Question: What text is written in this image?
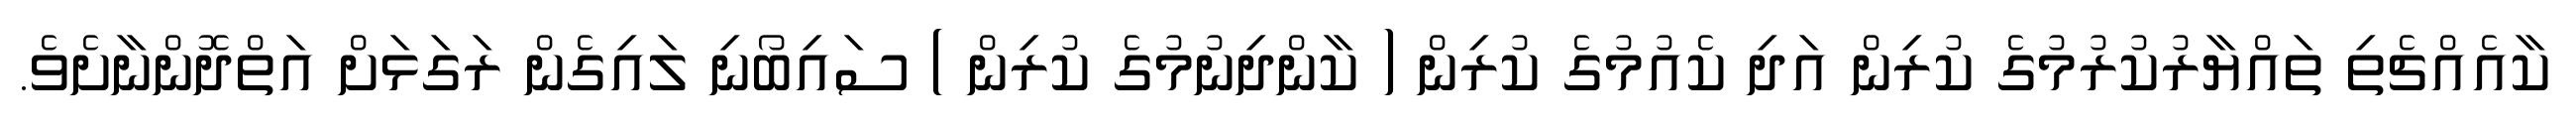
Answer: ކާއެއްޗެތި ތައްޔާރުކުރުމުގެ ކުރިން އަދި ކެއުމުގެ ކުރިން ( ކާންދިނުމުގެ ކުރިން ) ސައިބޯނި ލައިގެން ރަގަޅަށް އަތްދޮންނާށެވެ.